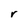
Character: r